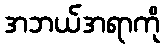
အဘယ်အရာကို